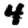
Digit: 4